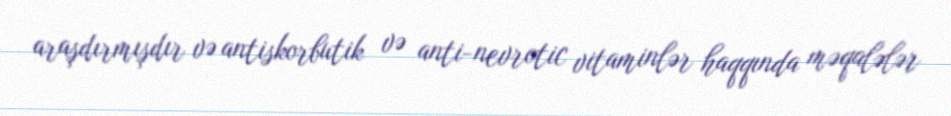
araşdırmışdır və antiskorbutik və anti-nevrotic vitaminlər haqqında məqalələr